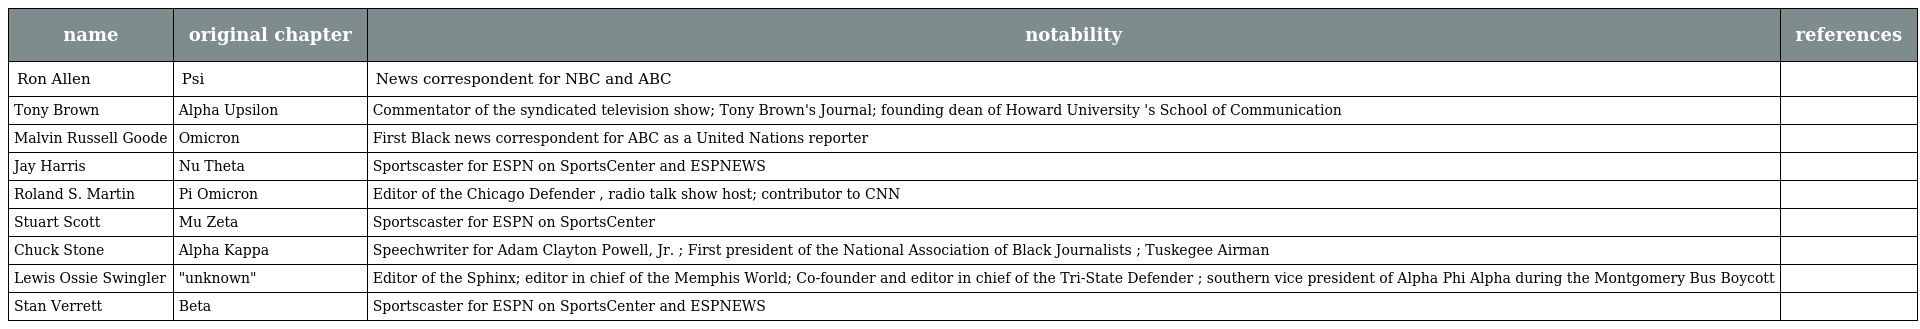
| name | original chapter | notability | references |
 | --- | --- | --- | --- |
 | Ron Allen | Psi | News correspondent for NBC and ABC |  |
 | Tony Brown | Alpha Upsilon | Commentator of the syndicated television show; Tony Brown's Journal; founding dean of Howard University 's School of Communication |  |
 | Malvin Russell Goode | Omicron | First Black news correspondent for ABC as a United Nations reporter |  |
 | Jay Harris | Nu Theta | Sportscaster for ESPN on SportsCenter and ESPNEWS |  |
 | Roland S. Martin | Pi Omicron | Editor of the Chicago Defender , radio talk show host; contributor to CNN |  |
 | Stuart Scott | Mu Zeta | Sportscaster for ESPN on SportsCenter |  |
 | Chuck Stone | Alpha Kappa | Speechwriter for Adam Clayton Powell, Jr. ; First president of the National Association of Black Journalists ; Tuskegee Airman |  |
 | Lewis Ossie Swingler | "unknown" | Editor of the Sphinx; editor in chief of the Memphis World; Co-founder and editor in chief of the Tri-State Defender ; southern vice president of Alpha Phi Alpha during the Montgomery Bus Boycott |  |
 | Stan Verrett | Beta | Sportscaster for ESPN on SportsCenter and ESPNEWS |  |